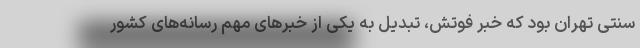
سنتی تهران بود که خبر فوتش، تبدیل به یکی از خبرهای مهم رسانه‌های کشور